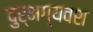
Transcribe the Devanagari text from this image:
दुर्भग्यवश